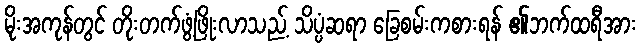
မိုးအကုန်တွင် တိုးတက်ဖွံ့ဖြိုးလာသည့် သိပ္ပံဆရာ ခြေစမ်းကစားရန် ၏ဘက်ထရီအား